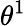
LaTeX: \theta^{1}